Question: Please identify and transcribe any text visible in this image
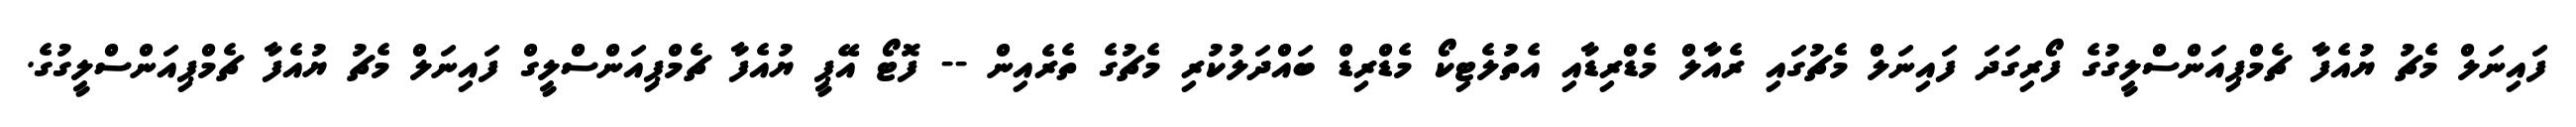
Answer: ފައިނަލް މެޗު ޔުއެފާ ޗެމްޕިއަންސްލީގުގެ ފޯރިގަދަ ފައިނަލް މެޗުގައި ރެއާލް މެޑްރިޑާއި އެތުލެޓިކޯ މެޑްރިޑް ބައްދަލުކުރި މެޗުގެ ތެރެއިން -- ފޮޓޯ އޭޕީ ޔުއެފާ ޗެމްޕިއަންސްލީގް ފައިނަލް މެޗު ޔުއެފާ ޗެމްޕިއަންސްލީގުގެ.